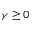
\gamma \ge 0